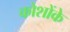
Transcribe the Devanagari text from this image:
कोशोंके